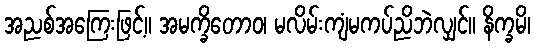
အညစ်အကြေးဖြင့်။ အမက္ခိတောဝ၊ မလိမ်းကျံမကပ်ညိဘဲလျှင်။ နိက္ခမိ၊